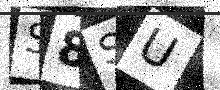
Text: S8SU